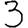
Digit: 3